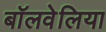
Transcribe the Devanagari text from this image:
बॉलवेलिया